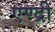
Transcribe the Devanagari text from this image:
एण्द्री